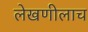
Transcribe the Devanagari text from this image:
लेखणीलाच